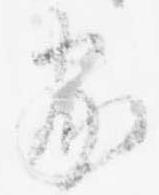
家